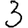
Digit: 3